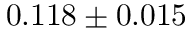
0 . 1 1 8 \pm 0 . 0 1 5